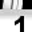
Digit: 1